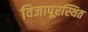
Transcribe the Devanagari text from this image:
विजापूरस्थित